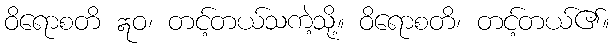
ဝိရောစတိ ဣဝ၊ တင့်တယ်သကဲ့သို့။ ဝိရောစတိ၊ တင့်တယ်၏။